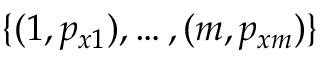
\{ ( 1 , p _ { x 1 } ) , \dots , ( m , p _ { x m } ) \}